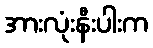
အားလုံးနီးပါးက